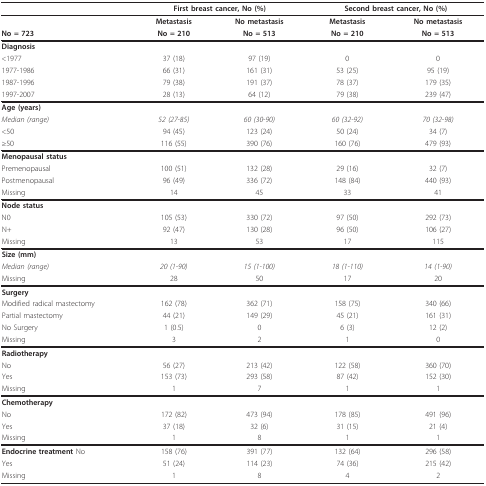
<table><thead><tr><td></td><td colspan="2"><b>First breast cancer, No (%)</b></td><td colspan="2"><b>Second breast cancer, No (%)</b></td></tr></thead><tbody><tr><td></td><td><b>Metastasis</b></td><td><b>No metastasis</b></td><td><b>Metastasis</b></td><td><b>No metastasis</b></td></tr><tr><td><b>No = 723</b></td><td><b>No = 210</b></td><td><b>No = 513</b></td><td><b>No = 210</b></td><td><b>No = 513</b></td></tr><tr><td><b>Diagnosis</b></td><td></td><td></td><td></td><td></td></tr><tr><td>&lt;1977</td><td>37 (18)</td><td>97 (19)</td><td>0</td><td>0</td></tr><tr><td>1977-1986</td><td>66 (31)</td><td>161 (31)</td><td>53 (25)</td><td>95 (19)</td></tr><tr><td>1987-1996</td><td>79 (38)</td><td>191 (37)</td><td>78 (37)</td><td>179 (35)</td></tr><tr><td>1997-2007</td><td>28 (13)</td><td>64 (12)</td><td>79 (38)</td><td>239 (47)</td></tr><tr><td><b>Age (years)</b></td><td></td><td></td><td></td><td></td></tr><tr><td><i>Median (range)</i></td><td><i>52 (27-85)</i></td><td><i>60 (30-90)</i></td><td><i>60 (32-92)</i></td><td><i>70 (32-98)</i></td></tr><tr><td>&lt;50</td><td>94 (45)</td><td>123 (24)</td><td>50 (24)</td><td>34 (7)</td></tr><tr><td>≥50</td><td>116 (55)</td><td>390 (76)</td><td>160 (76)</td><td>479 (93)</td></tr><tr><td><b>Menopausal status</b></td><td></td><td></td><td></td><td></td></tr><tr><td>Premenopausal</td><td>100 (51)</td><td>132 (28)</td><td>29 (16)</td><td>32 (7)</td></tr><tr><td>Postmenopausal</td><td>96 (49)</td><td>336 (72)</td><td>148 (84)</td><td>440 (93)</td></tr><tr><td>Missing</td><td>14</td><td>45</td><td>33</td><td>41</td></tr><tr><td><b>Node status</b></td><td></td><td></td><td></td><td></td></tr><tr><td>N0</td><td>105 (53)</td><td>330 (72)</td><td>97 (50)</td><td>292 (73)</td></tr><tr><td>N+</td><td>92 (47)</td><td>130 (28)</td><td>96 (50)</td><td>106 (27)</td></tr><tr><td>Missing</td><td>13</td><td>53</td><td>17</td><td>115</td></tr><tr><td><b>Size (mm)</b></td><td></td><td></td><td></td><td></td></tr><tr><td><i>Median (range)</i></td><td><i>20 (1-90)</i></td><td><i>15 (1-100)</i></td><td><i>18 (1-110)</i></td><td><i>14 (1-90)</i></td></tr><tr><td>Missing</td><td>28</td><td>50</td><td>17</td><td>20</td></tr><tr><td><b>Surgery</b></td><td></td><td></td><td></td><td></td></tr><tr><td>Modified radical mastectomy</td><td>162 (78)</td><td>362 (71)</td><td>158 (75)</td><td>340 (66)</td></tr><tr><td>Partial mastectomy</td><td>44 (21)</td><td>149 (29)</td><td>45 (21)</td><td>161 (31)</td></tr><tr><td>No Surgery</td><td>1 (0.5)</td><td>0</td><td>6 (3)</td><td>12 (2)</td></tr><tr><td>Missing</td><td>3</td><td>2</td><td>1</td><td>0</td></tr><tr><td><b>Radiotherapy</b></td><td></td><td></td><td></td><td></td></tr><tr><td>No</td><td>56 (27)</td><td>213 (42)</td><td>122 (58)</td><td>360 (70)</td></tr><tr><td>Yes</td><td>153 (73)</td><td>293 (58)</td><td>87 (42)</td><td>152 (30)</td></tr><tr><td>Missing</td><td>1</td><td>7</td><td>1</td><td>1</td></tr><tr><td><b>Chemotherapy</b></td><td></td><td></td><td></td><td></td></tr><tr><td>No</td><td>172 (82)</td><td>473 (94)</td><td>178 (85)</td><td>491 (96)</td></tr><tr><td>Yes</td><td>37 (18)</td><td>32 (6)</td><td>31 (15)</td><td>21 (4)</td></tr><tr><td>Missing</td><td>1</td><td>8</td><td>1</td><td>1</td></tr><tr><td><b>Endocrine treatment </b>No</td><td>158 (76)</td><td>391 (77)</td><td>132 (64)</td><td>296 (58)</td></tr><tr><td>Yes</td><td>51 (24)</td><td>114 (23)</td><td>74 (36)</td><td>215 (42)</td></tr><tr><td>Missing</td><td>1</td><td>8</td><td>4</td><td>2</td></tr></tbody></table>